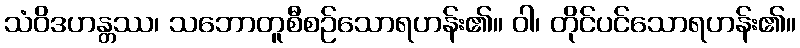
သံဝိဒဟန္တဿ၊ သဘောတူစီစဉ်သောရဟန်း၏။ ဝါ၊ တိုင်ပင်သောရဟန်း၏။